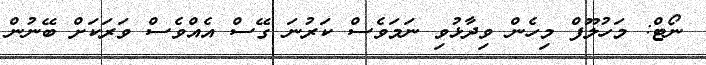
ނޯޓް: މަހުލޫފް މިހެން ވިދާޅުވި ނަމަވެސް ކަރުނަ ގޭސް އެއްވެސް ވަރަކަށް ބޭނުން